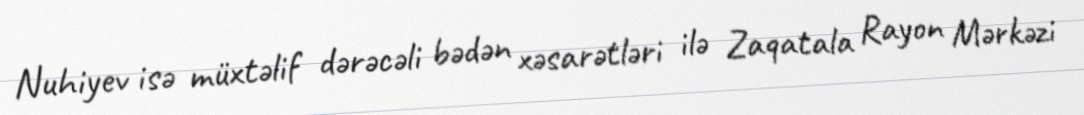
Nuhiyev isə müxtəlif dərəcəli bədən xəsarətləri ilə Zaqatala Rayon Mərkəzi